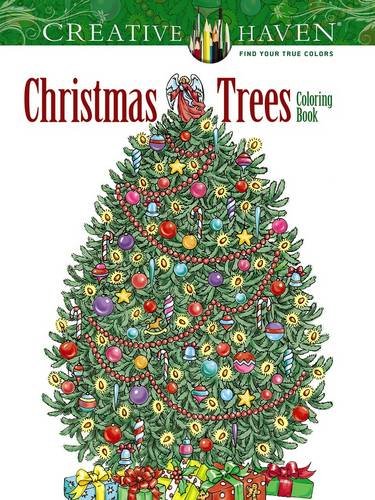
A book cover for Creative Haven Christmas Trees Coloring Book (Creative Haven Coloring Books); Barbara Lanza; Humor & Entertainment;